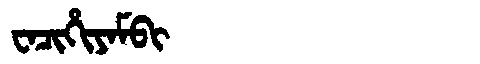
Manchu: ᠸᠠᠴᡳᡥᡳᠶᠠᠮᠪᡳ
Romanization: WACIHIYAMBI